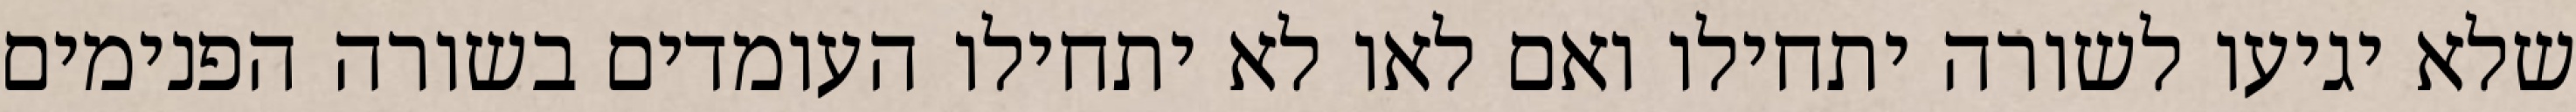
שלא יגיעו לשורה יתחילו ואם לאו לא יתחילו העומדים בשורה הפנימים